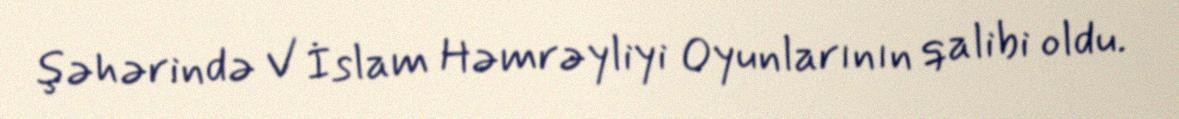
şəhərində V İslam Həmrəyliyi Oyunlarının qalibi oldu.